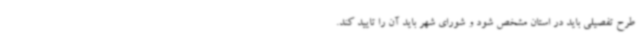
طرح تفصیلی باید در استان مشخص شود و شورای شهر باید آن را تایید کند.